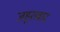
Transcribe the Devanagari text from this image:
जहूराबाद